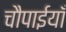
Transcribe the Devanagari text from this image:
चौपाईयाँ